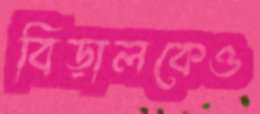
বিড়ালকেও